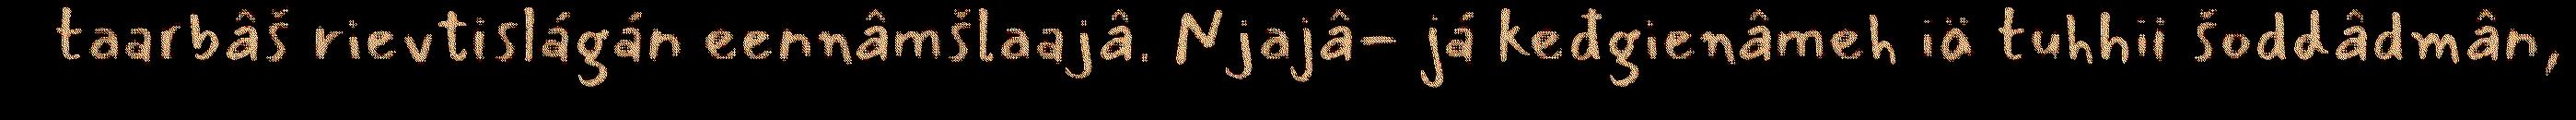
taarbâš rievtislágán eennâmšlaajâ. Njajâ- já keđgienâmeh iä tuhhii šoddâdmân,